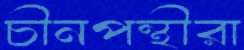
চীনপন্থীরা